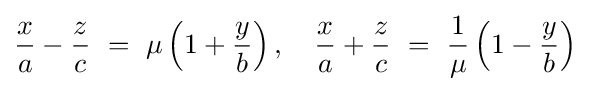
{\frac {x}{a}}-{\frac {z}{c}}\ =\ \mu \left(1+{\frac {y}{b}}\right),\quad {\frac {x}{a}}+{\frac {z}{c}}\ =\ {\frac {1}{\mu }}\left(1-{\frac {y}{b}}\right)